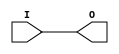
module IBUFG_LVDCI_DV2_33 (O, I);

    output O;

    input  I;

	buf B1 (O, I);


endmodule